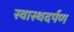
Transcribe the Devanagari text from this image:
स्वास्थदर्पण